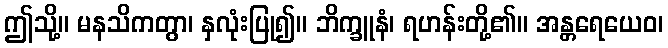
ဤသို့။ မနသိကတွာ၊ နှလုံးပြု၍။ ဘိက္ခူနံ၊ ရဟန်းတို့၏။ အန္တရေယေဝ၊